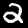
Label: 2